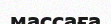
массаға